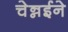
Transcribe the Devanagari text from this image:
चेन्नईने